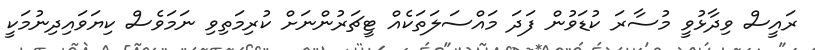
ރައީސް ވިދާޅުވީ މުސާރަ ކުޑަވުން ފަދަ މައްސަލަތަކެއް ޓީޗަރުންނަށް ކުރިމަތިވި ނަމަވެސް ކިޔަވައިދިނުމަކީ